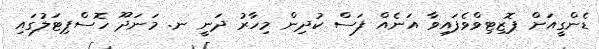
ޑެންގީއަށް ޕޮޒިޓިވްވެފައިވާ އަނެއް ފަސް ކުދިން މިހާރު ދަނީ ނ. މަނަދޫ ހޮސްޕިޓަލުގައި